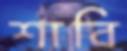
শাবি